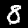
Label: 8